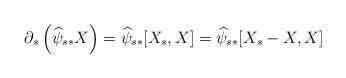
LaTeX: \begin{align*}\partial_s\left(\widehat\psi_{s*} X\right)=\widehat\psi_{s*}[X_s,X]=\widehat\psi_{s*}[X_s-X,X]\end{align*}